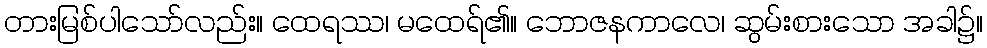
တားမြစ်ပါသော်လည်း။ ထေရဿ၊ မထေရ်၏။ ဘောဇနကာလေ၊ ဆွမ်းစားသော အခါ၌။